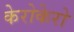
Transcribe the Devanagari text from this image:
केरोकेरो